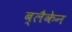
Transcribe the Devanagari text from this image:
ब्लैकेन